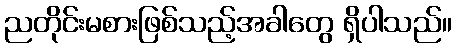
ညတိုင်းမစားဖြစ်သည့်အခါတွေ ရှိပါသည်။